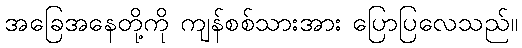
အခြေအနေတို့ကို ကျန်စစ်သားအား ပြောပြလေသည်။